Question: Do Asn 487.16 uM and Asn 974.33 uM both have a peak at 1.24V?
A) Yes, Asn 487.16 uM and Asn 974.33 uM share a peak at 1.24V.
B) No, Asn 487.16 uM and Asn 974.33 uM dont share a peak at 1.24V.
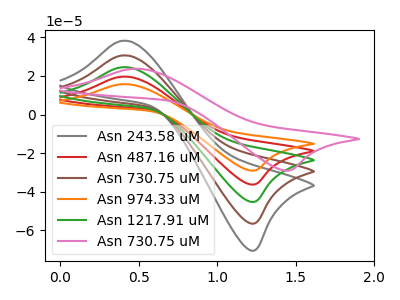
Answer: <think>The gray curve "Asn 243.58 uM" has an anodic peak at (0.40V, 78.70uA) and a cathodic peak at (1.25V, -144.80uA). The red curve "Asn 487.16 uM" has an anodic peak at (0.40V, 19.70uA) and a cathodic peak at (1.25V, -36.20uA). The brown curve "Asn 730.75 uM" has an anodic peak at (0.40V, 59.05uA) and a cathodic peak at (1.25V, -108.60uA). The orange curve "Asn 974.33 uM" has an anodic peak at (0.40V, 15.75uA) and a cathodic peak at (1.25V, -29.00uA). The green curve "Asn 1217.91 uM" has an anodic peak at (0.40V, 39.35uA) and a cathodic peak at (1.25V, -72.40uA). The pink curve "Asn 730.75 uM" has an anodic peak at (0.45V, 23.75uA) and a cathodic peak at (1.45V, -29.00uA).</think>
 <answer>A) Yes, "Asn 487.16 uM" and "Asn 974.33 uM" share a peak at 1.24V.</answer>
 <eval>A</eval>